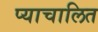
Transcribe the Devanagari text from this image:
प्याचालित